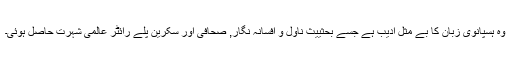
وہ ہسپانوی زبان کا بے مثل ادیب ہے جسے بحثییث ناول و افسانہ نگار, صحافی اور سکرین پلے رائٹر عالمی شہرت حاصل ہوئی۔